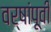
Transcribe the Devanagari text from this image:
वर्षांपूवी